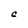
Character: C